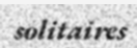
solitaires